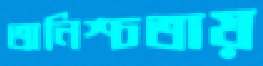
অনিশ্চতায়